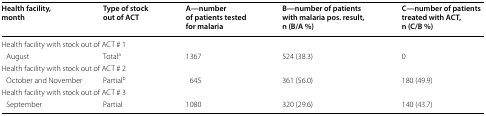
<table><thead><tr><td><b>Health facility, month</b></td><td><b>Type of stock out of ACT</b></td><td><b>A—number of patients tested for malaria</b></td><td><b>B—number of patients with malaria pos. result, n (B/A %)</b></td><td><b>C—number of patients treated with ACT, n (C/B %)</b></td></tr></thead><tbody><tr><td colspan="5">Health facility with stock out of ACT # 1</td></tr><tr><td> August</td><td>Total<sup>a</sup></td><td>1367</td><td>524 (38.3)</td><td>0</td></tr><tr><td colspan="5">Health facility with stock out of ACT # 2</td></tr><tr><td> October and November</td><td>Partial<sup>b</sup></td><td>645</td><td>361 (56.0)</td><td>180 (49.9)</td></tr><tr><td colspan="5">Health facility with stock out of ACT # 3</td></tr><tr><td> September</td><td>Partial</td><td>1080</td><td>320 (29.6)</td><td>140 (43.7)</td></tr></tbody></table>